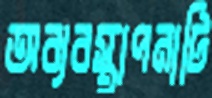
অব্যবস্থাপনাটি